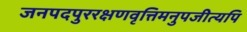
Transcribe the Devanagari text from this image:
जनपदपुररक्षणवृत्तिमनुपजीत्यपि